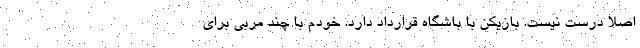
اصلا درست نیست. بازیکن با باشگاه قرارداد دارد. خودم با چند مربی برای